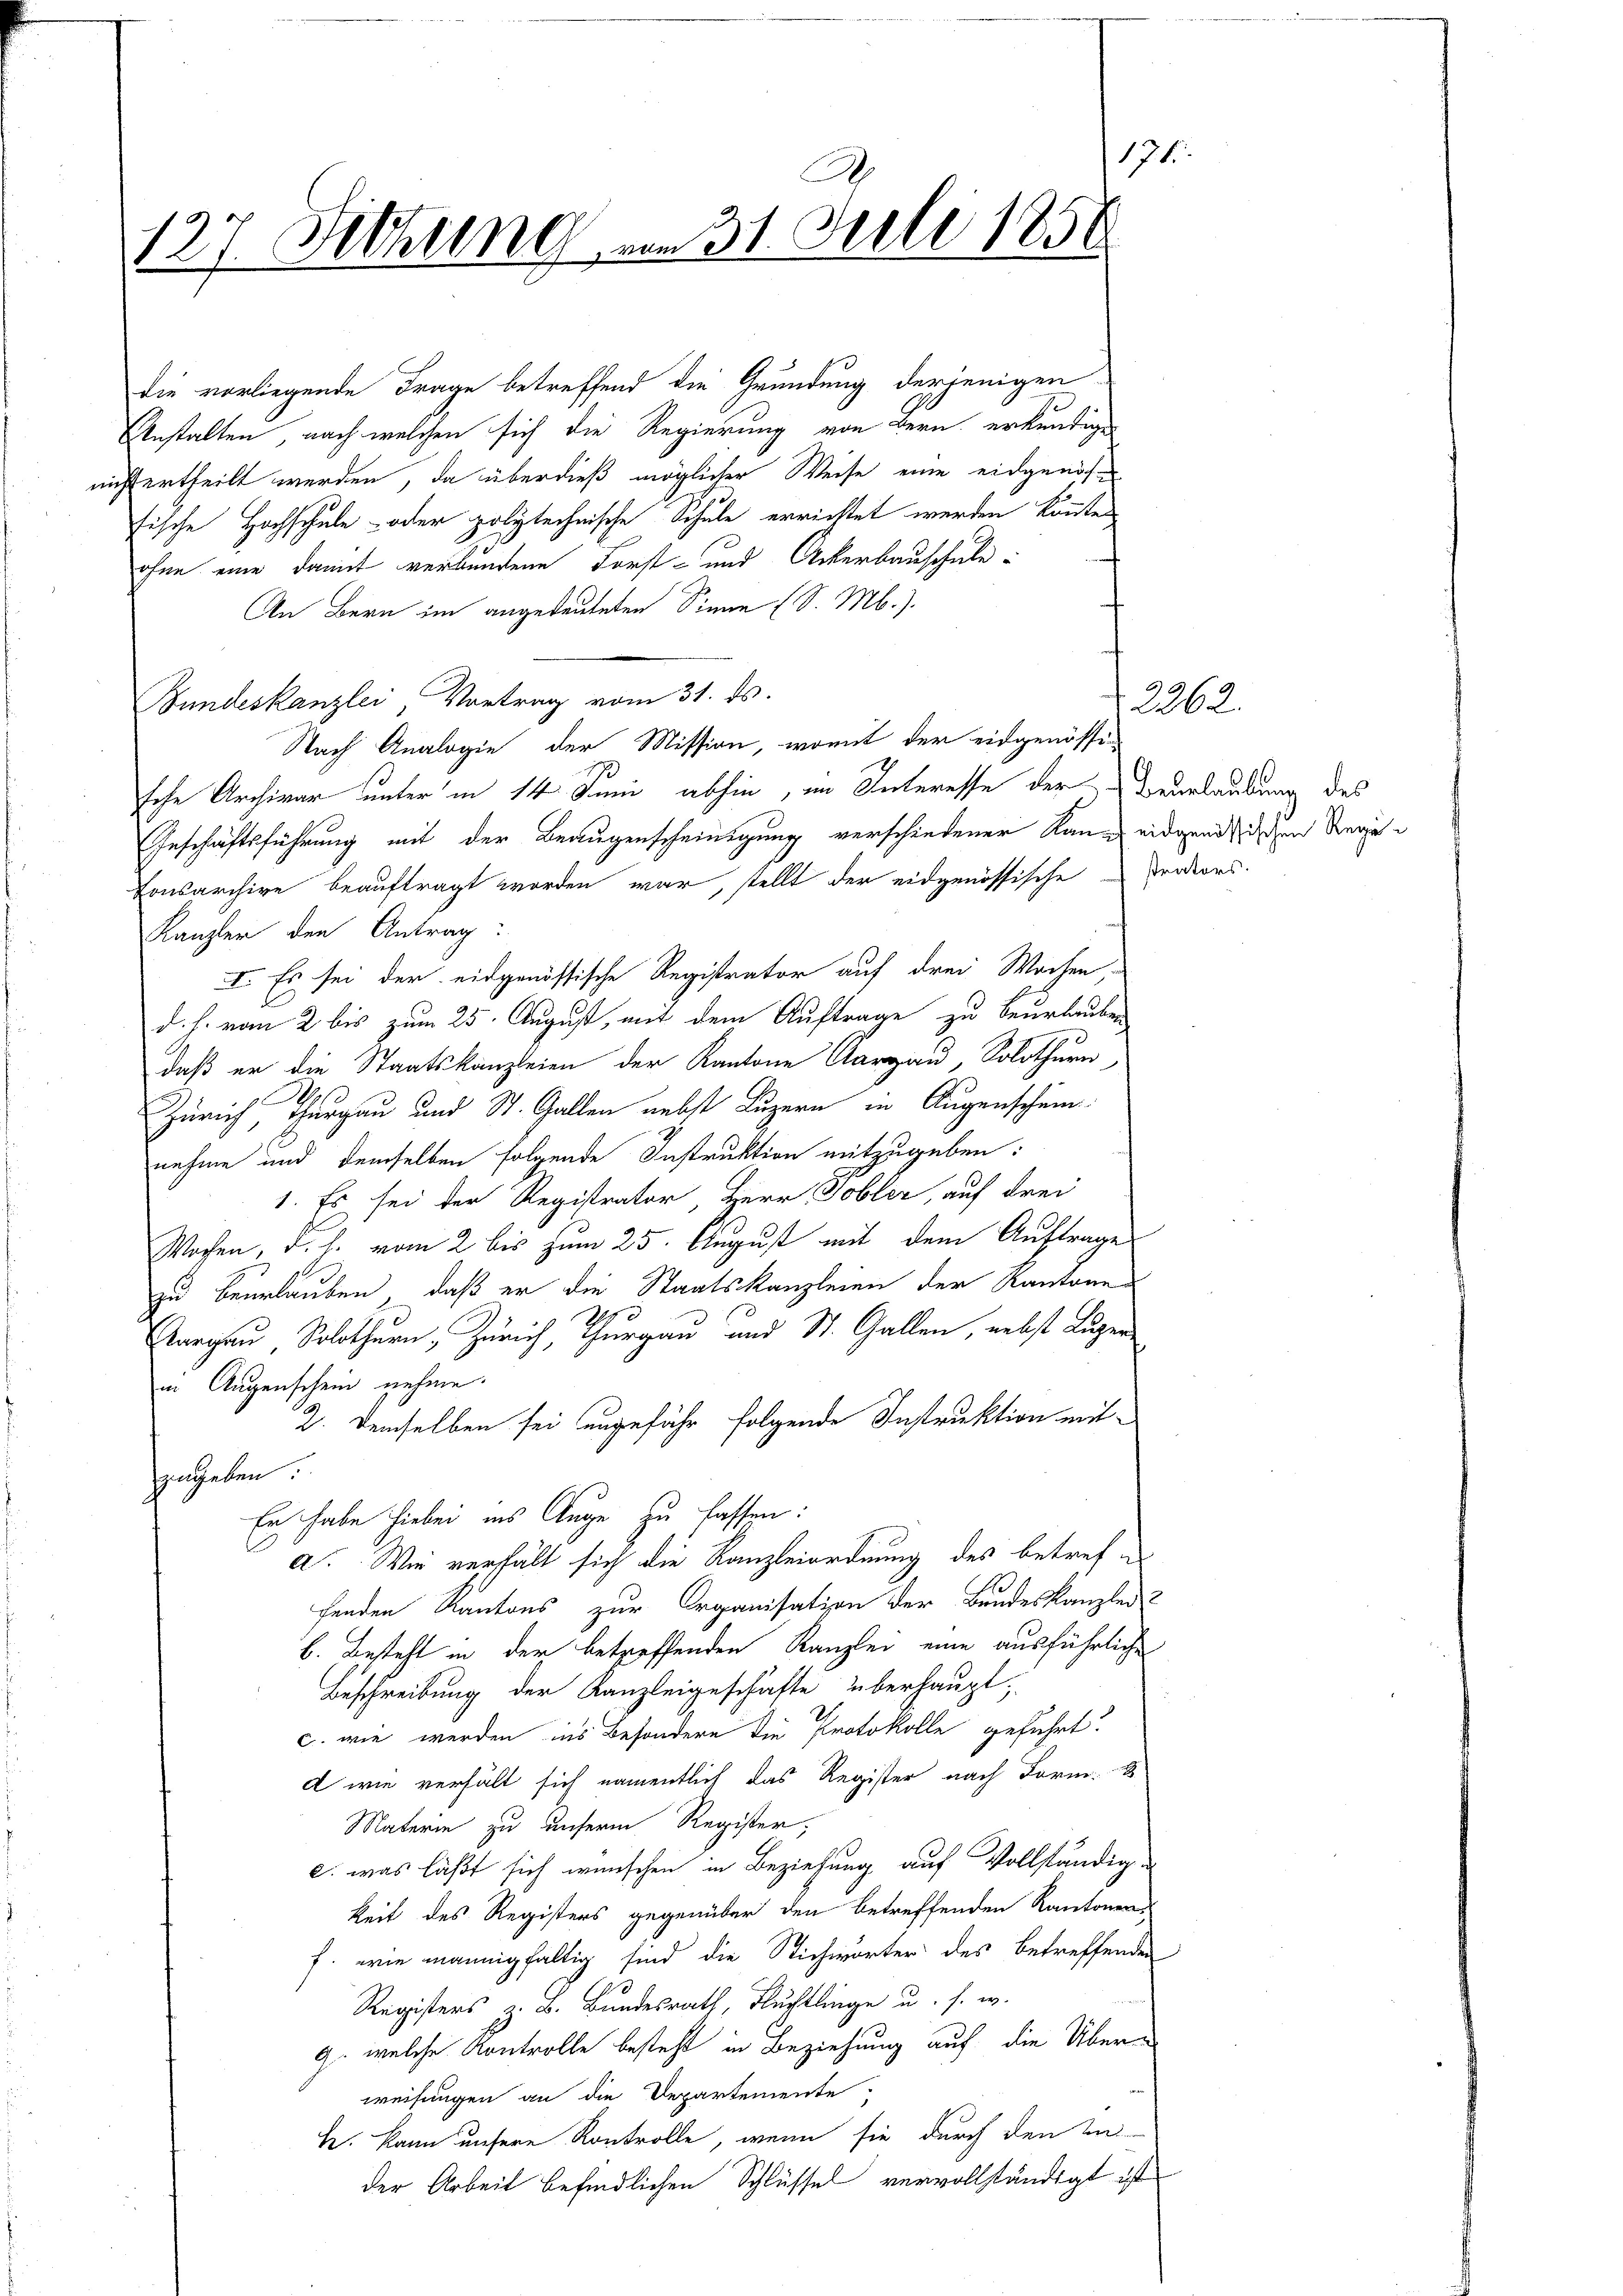
171
C
127. Setzung am 31. Juli 1856

die vorliegende Frage betreffend die Gründung derjenigen
Anstalten, nach welchen sich die Regierung von Bern erkundigen
nicht ertheilt werden, da überdieß möglicher Weise eine eidgenössische Hochschule - oder polytechnische Schule errichtet werden könnte
ohne eine damit verbundene Forst- und Ackerbauschule:
An Bern im angedeuteten Sinne (S. M.).
Bundeskanzlei, Vortrag vom 31. ds.
Nach Analogie der Mission, womit der eidgenössi
sche Archivar unter in 14 Juni abhin, im Interesse der Beurlaubung des
Geschäftsführung mit der Beaugenscheinigung verschiedener Rang eidgenößischen Regen
Konsarchive beauftragt worden war, stellt der eidgenössische Perdors.
Kanzler den Antrag:
I. Es sei der eidgenössische Registrator auf drei Wochen,
d. h. vom 2 bis zum 25. August, mit dem Auftrage zu beurlauben
daß er die Staatskanzleien der Kantone Aargau, Solothurn
Zürich, Thurgau und St. Gallen nebst Luzern in Augenschein
nehme und demselben folgende Instruktion mitzugeben:
1. Es sei der Registrator, Herr Tobler, auf drei
Wochen, d. h. vom 2 bis zum 25. August mit dem Auftrage
zu beurlauben, daß er die Staatskanzleien der Kantone
Aargau, Solothurn, Zürich, Thurgau und St. Gallen, nebst Luzer
in Augenschein nehme.
2. Demselben sei ungefähr folgende Instruktion mit
zugeben:
Er habe hiebei ins Auge zu fassen:
a. Wie verhält sich die Kanzleiordnung des betrefe
fenden Kantons zur Organisation der Bundeskanzlei
b. Besteht in der betreffenden Kanzlei eine ausführliche
Beschreibung der Kanzleigeschäfte überhauptc. wie werden ins Besondere die Protokolle geführt.
d wie verhält sich namentlich das Register nach Form.
Materie zu unserm Register,
e: was läßt sich wünschen in Beziehung auf vollständige
keit des Registers gegenüber den betreffenden Kantonen-
f. wie mannigfaltig sind die Stichwörter des betreffenden
Registers z. B. Bundesrath, Fluchtlinge u. s. w.
9. welche Kontrolle besteht in Beziehung auf die Über-
weisungen an die Departemente
h. kann unsere Kontrolle, wenn sie durch den un
der Arbeit befindlichen Schlüssel vervollständigt ist

2262.